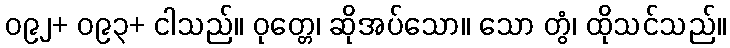
၀၉၂+ ၀၉၃+ ငါသည်။ ဝုတ္တေ၊ ဆိုအပ်သော။ သော တွံ၊ ထိုသင်သည်။